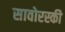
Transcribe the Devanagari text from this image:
सावोरस्की